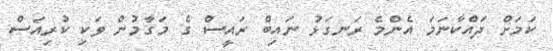
ކަމަށް ދައްކާނަމަ އެންމެ ރަނގަޅު ނައިބް ރައީސް ގެ މަގާމުން ވަކި ކުރިއަސް